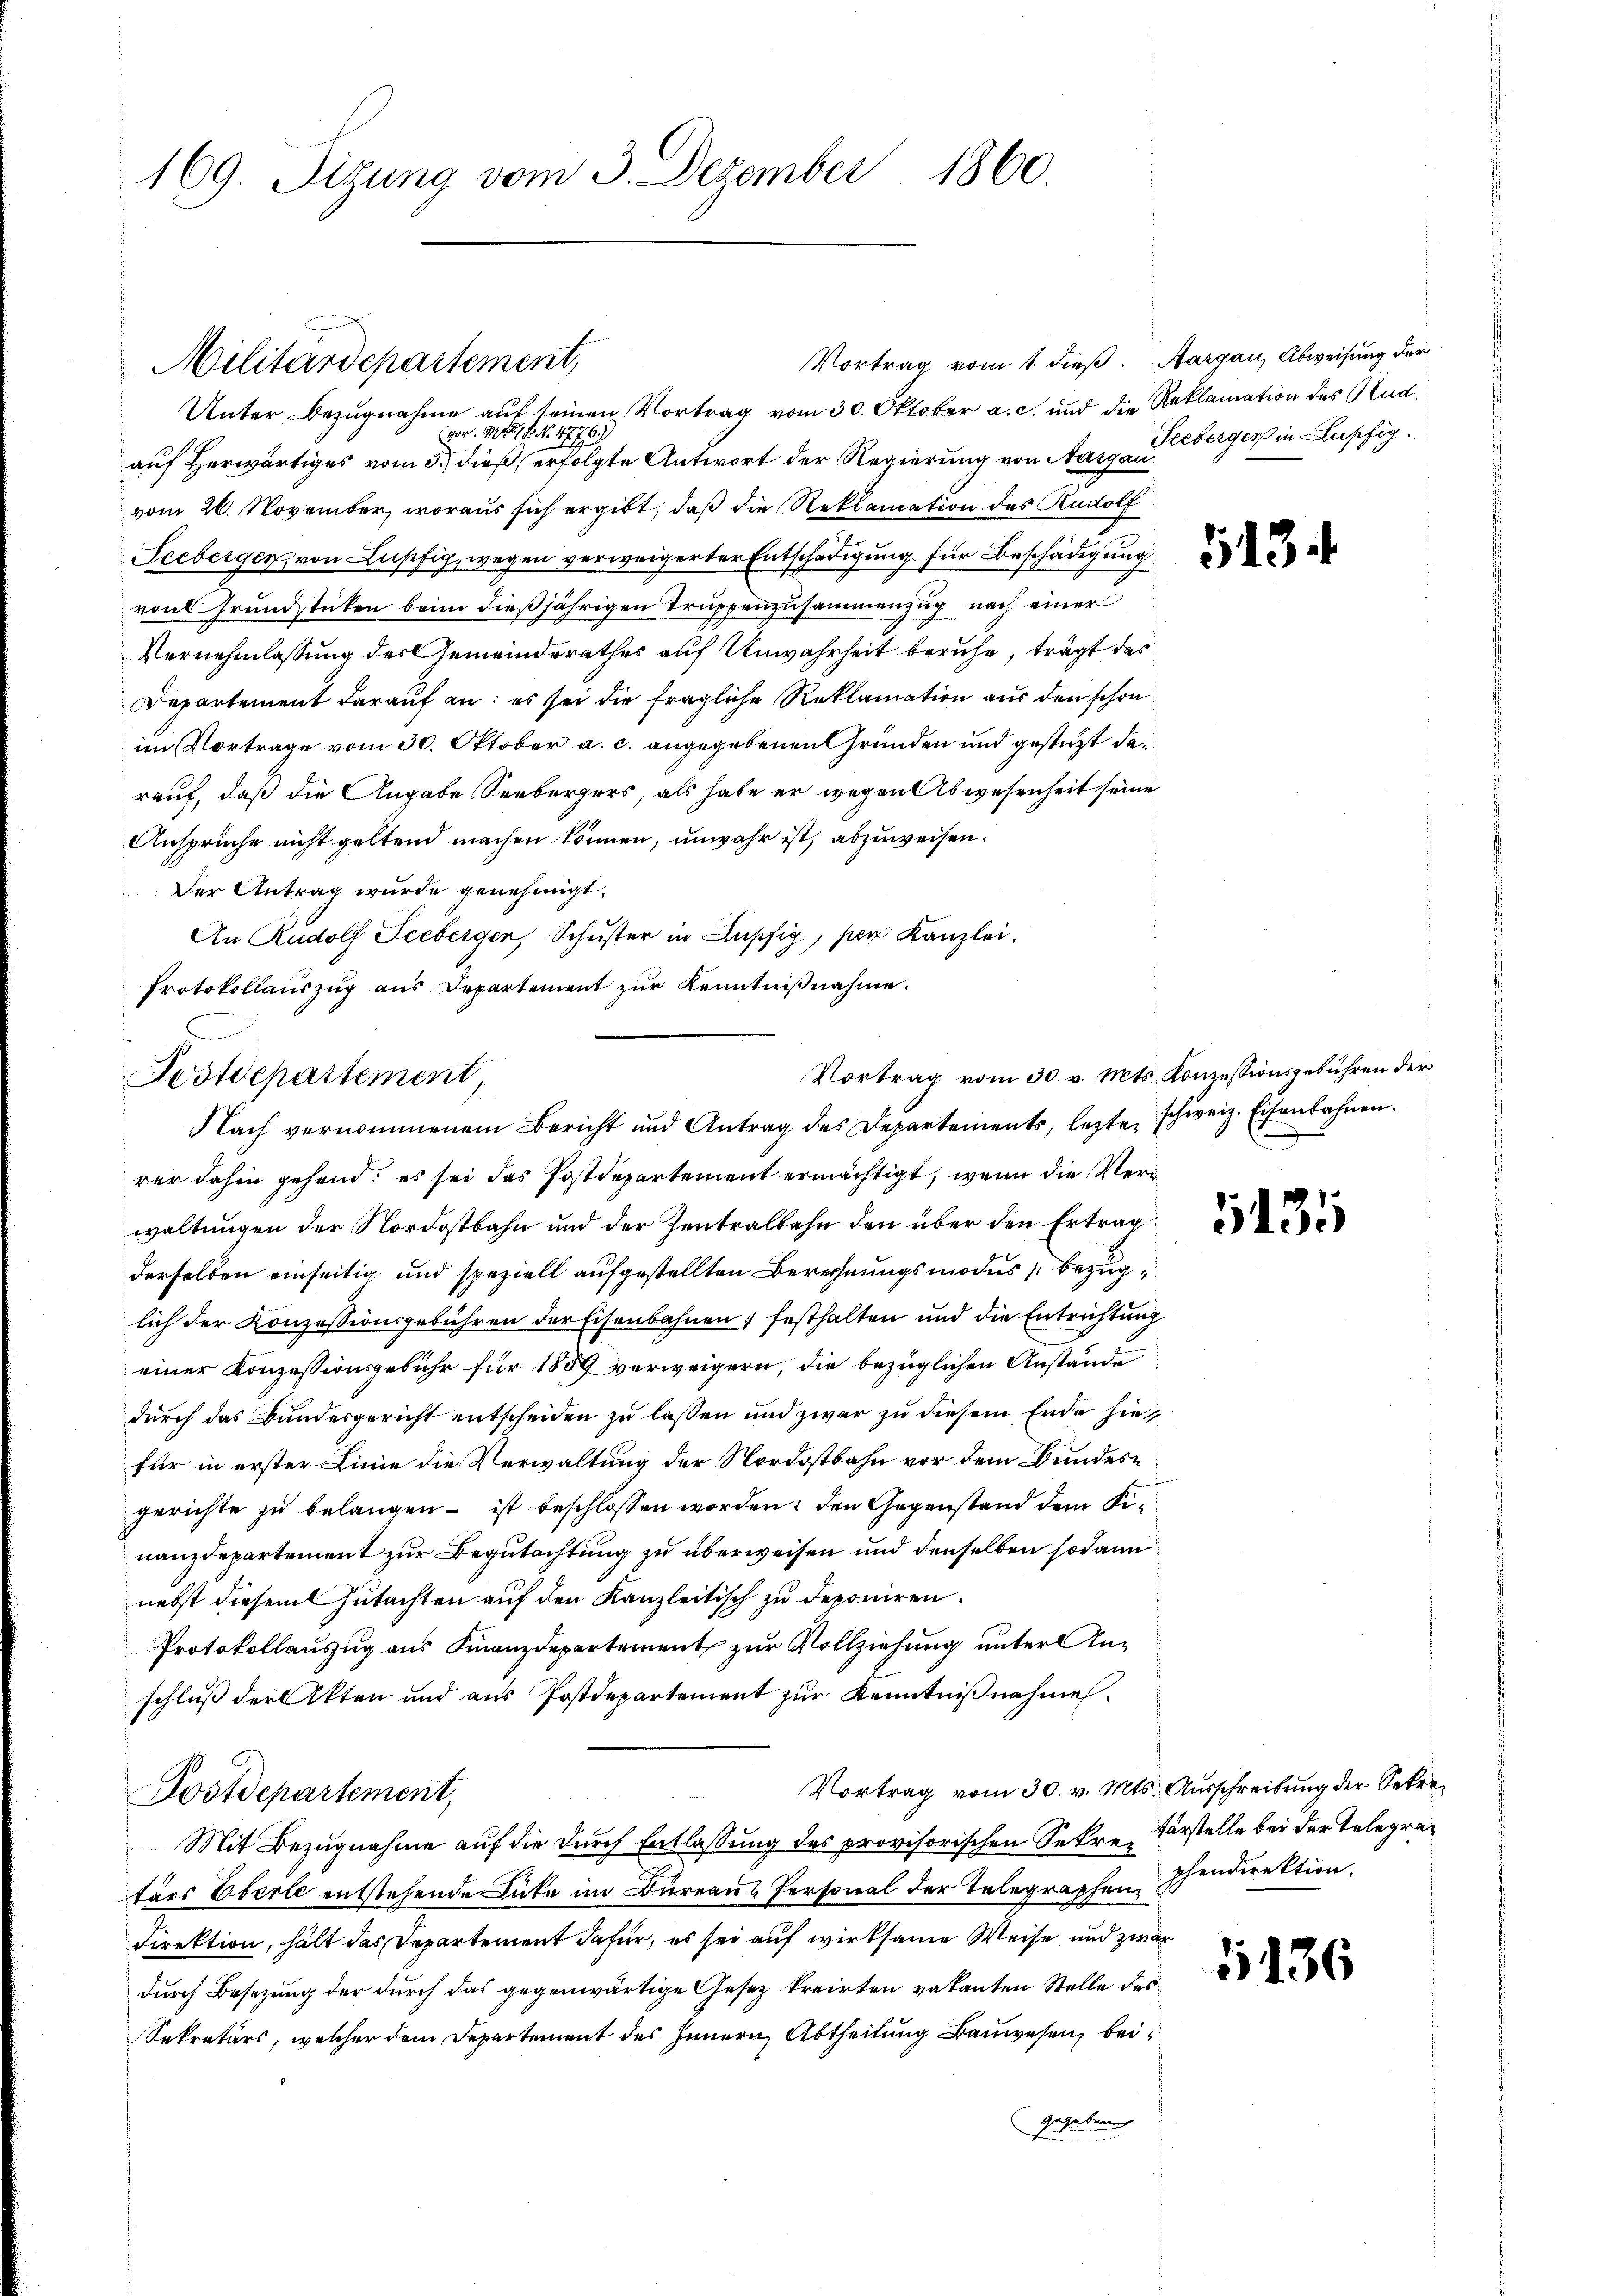
1860.
169. Situng vom 3. Dezember

Vortrag vom 1. dieß. Aargau, Abweisung der
Unter Bezugnahme auf seinen Vortrag vom 30. Oktober a. c. und die Reklamation des Rud.
vor. Mts. No. 4776)
auf Herwärtiges vom 3.) dieß erfolgte Antwort der Regierung von Aargau berger in Lupfig.
vom 26. November, woraus sich ergibt, daß die Reklamation des Rudolf
Seeberger von Lupfig, wegen verweigerter Entschädigung für Beschädigung
von Grundstücken beim dießjährigen Truppenzusammenzug nach einer
Vernehmlassung des Gemeinderathes auf Unwahrheit beruhe, trägt das
Departement darauf an: es sei die fragliche Reklamation aus den schon
im Vortrage vom 30. Oktober a. c. angegebenen Gründen und gestützt darrauf, daß die Angabe Seebergers, als habe er wegen Abwesenheit seine
Ansprüche nicht geltend machen können, unwahr ist, abzuweisen.
Der Antrag wurde genehmigt.
An Rudolf Seeberger, Schuster in Lupfig, ser Kanzlei.
Protokollauszug aus Departement zur Kenntnißnahme.
rer dahin gehend; es sei das Postdepartement ermächtigt, wenn die Verwaltungen der Nordostbahn und der Zentralbahn den über den Ertrag
derselben einseitig und speziell aufgestellten Berechnungsmodus bezuglich der Konzessionsgebühren der Eisenbahnen festhalten und die Entrichtung
einer Konzessionsgebühr für 1889 verweigern, die bezüglichen Anstände
durch das Bundesgericht entscheiden zu lassen und zwar zu diesem Ende hiefür in erster Linie die Verwaltung der Nordostbahn vor dem Bundesgerichte zu belangen ist beschlossen worden: den Gegenstand dem Finanzdepartement zur Begutachtung zu überweisen und denselben sodann
nebst diesem Gutachten auf den Kanzleitisch zu deponiren.
Protokollauszug aus Finanzdepartement zur Vollziehung unter Anschluß der Akten und aus Postdepartement zur Kenntnißnahme
Vortrag vom 30. v. Mts. Ausschreibung der Sekre¬
Postdepartement,
Mit Bezugnahme auf die durch Entlassung des provisorischen Sekre Vorstelle bei der Telegratärs Eberle entstehende Lücke im Dureaus Personal der Telegraphenschendirektion.
Direktion, hält das Departement dafür, es sei auf wirksame Weise und zwar
durch Besezung der durch das gegenwärtige Gesez kreirten vakanten Stelle des
Sekretärs, welcher dem Departement des Innern, Abtheilung Bauwesen, bei
gegeben

Militärdepartement,

Postdepartement,

Nach vernommenem Bericht und Antrag des Departements, lezte, schweiz. Eisenbahnen.

5134

Vortrag vom 30. v. Mts. Konzessionsgebühren der

1311

5136